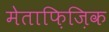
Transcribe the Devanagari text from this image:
मेताफ़िज़िक